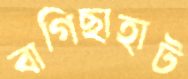
বাগিছাহাট